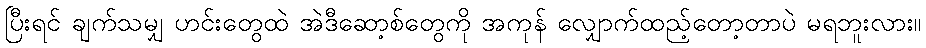
ပြီးရင် ချက်သမျှ ဟင်းတွေထဲ အဲဒီဆော့စ်တွေကို အကုန် လျှောက်ထည့်တော့တာပဲ မရဘူးလား။